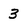
Character: 3